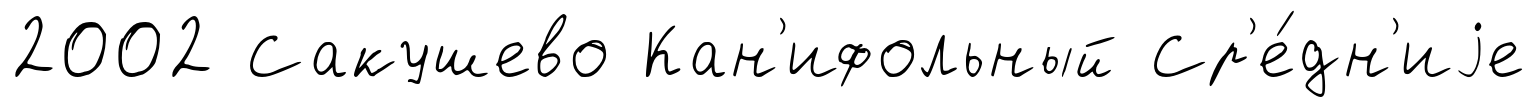
2002 Сакушево Кан'ифольный Ср'е́дн'иjе